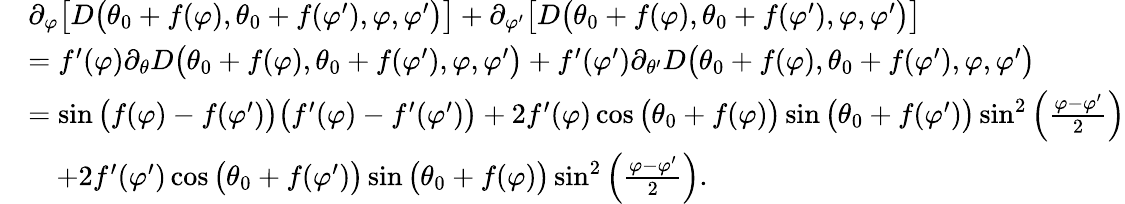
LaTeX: \begin{array}{rl}&{\partial_{\varphi}\big[D\big(\theta_{0}+f(\varphi),\theta_{0}+f(\varphi^{\prime}),\varphi,\varphi^{\prime}\big)\big]+\partial_{\varphi^{\prime}}\big[D\big(\theta_{0}+f(\varphi),\theta_{0}+f(\varphi^{\prime}),\varphi,\varphi^{\prime}\big)\big]}\\ &{=f^{\prime}(\varphi)\partial_{\theta}D\big(\theta_{0}+f(\varphi),\theta_{0}+f(\varphi^{\prime}),\varphi,\varphi^{\prime}\big)+f^{\prime}(\varphi^{\prime})\partial_{\theta^{\prime}}D\big(\theta_{0}+f(\varphi),\theta_{0}+f(\varphi^{\prime}),\varphi,\varphi^{\prime}\big)}\\ &{=\sin\big(f(\varphi)-f(\varphi^{\prime})\big)\big(f^{\prime}(\varphi)-f^{\prime}(\varphi^{\prime})\big)+2f^{\prime}(\varphi)\cos\big(\theta_{0}+f(\varphi)\big)\sin\big(\theta_{0}+f(\varphi^{\prime})\big)\sin^{2}\left(\frac{\varphi-\varphi^{\prime}}{2}\right)}\\ &{\quad+2f^{\prime}(\varphi^{\prime})\cos\big(\theta_{0}+f(\varphi^{\prime})\big)\sin\big(\theta_{0}+f(\varphi)\big)\sin^{2}\left(\frac{\varphi-\varphi^{\prime}}{2}\right).}\end{array}